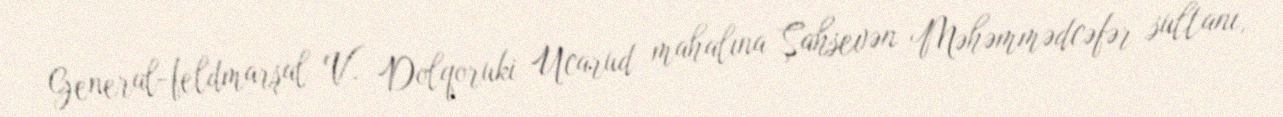
General-feldmarşal V. Dolqoruki Ucarud mahalına Şahsevən Məhəmmədcəfər sultanı,